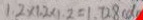
1 . 2 \times 1 . 2 \times 1 . 2 = 1 . 7 2 8 ( d